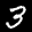
Label: 3